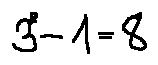
3 ^ { 2 } - 1 = 8